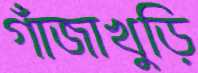
গাঁজাখুড়ি